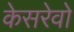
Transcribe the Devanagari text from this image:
केसरेवो